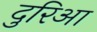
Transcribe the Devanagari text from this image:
दुरिआ